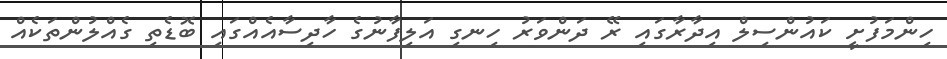
ހިންމަފުށީ ކައުންސިލް އިދާރާގައި ރޭ ދަންވަރު ހިނގި އަލިފާނުގެ ހާދިސާއެއްގައި ބޮޑެތި ގެއްލުންތަކެއް